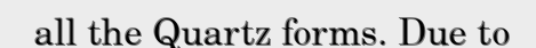
all the Quartz forms. Due to